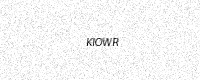
Text: KIOWR